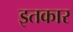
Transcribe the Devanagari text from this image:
इतकार